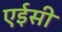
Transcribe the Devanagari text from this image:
एईसी